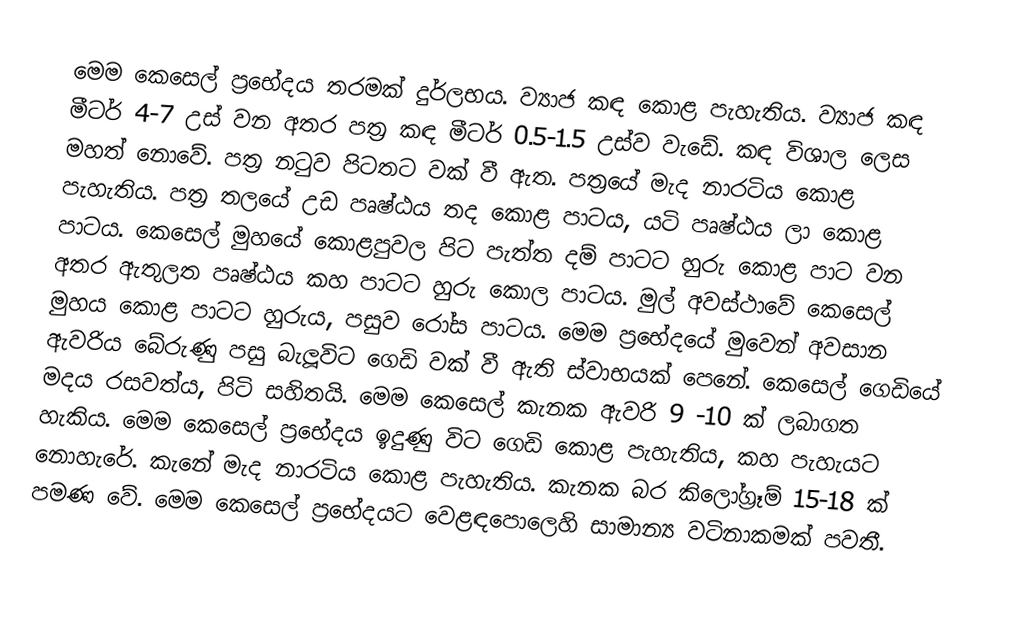
මෙම කෙසෙල් ප්‍රභේදය තරමක් දුර්ලභය. ව්‍යාජ කඳ කොළ පැහැතිය‍. ව්‍යාජ කඳ මීටර් 4-7 උස් වන අතර පත්‍ර කඳ මීටර් 0.5-1.5 උස්ව වැඩේ. කඳ විශාල ලෙස මහත් නොවේ. පත්‍ර නටුව පිටතට වක් වී ඇත. පත්‍රයේ මැද නාරටිය කොළ පැහැතිය‍. පත්‍ර තලයේ උඩ පෘෂ්ඨය තද කොළ පාටය, යටි පෘෂ්ඨය ලා කොළ පාටය. කෙසෙල් මුහයේ කොළපුවල පිට පැත්ත දම් පාටට හුරු කොළ පාට වන අතර ඇතුලත පෘෂ්ඨය කහ පාටට හුරු කොල පාටය. මුල් අවස්ථාවේ කෙසෙල් මුහය කොළ පාටට හුරුය, පසුව රෝස පාටය. මෙම ප්‍රභේද‌යේ ‌මුවෙන් අවසාන ඇවරිය බේරුණු පසු බැලූවිට ගෙඩි වක් වී ඇති ස්වාභයක් පෙනේ. කෙසෙල් ‌ගෙඩියේ මදය රසවත්ය, පිටි සහිතයි. මෙම කෙසෙල් කැනක ඇවරි 9 -10 ක් ලබාගත හැකිය. මෙම කෙසෙල් ප්‍රභේදය ඉදුණු විට ගෙඩි කොළ පැහැතිය‍, කහ පැහැයට නොහැරේ. කැනේ මැද නාරටිය කොළ පැහැතිය‍. කැනක බර කිලෝග්‍රෑම් 15-18 ක් පමණ වේ. මෙම කෙසෙල් ප්‍රභේදයට වෙළඳපොලෙහි සාමාන්‍ය වටිනාකමක් පවතී.